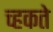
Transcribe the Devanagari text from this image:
च्हकते